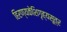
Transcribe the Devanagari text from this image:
हिरण्यकेशिगृह्यसूत्र